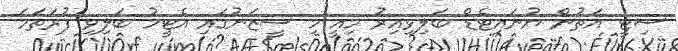
ސިޓީ އަތުން ޔުނައިޓެޑް ބަލިވިއިރު މިއީ މި ސީޒަނުގައި އެޓީމު ބަލިވި ފުރަތަމަ